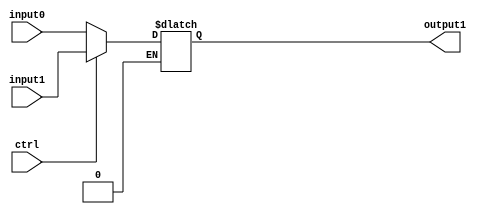
//////////////////////////////////////////////////////////////////////////////////
// Course: Cooper Union ECE151A Spring 2016
// Professor: Professor Marano
// Module Name: 
// Description: 
//////////////////////////////////////////////////////////////////////////////////

`timescale 1ns / 1ns

module mux2_1_ctrl1(output1, input0, input1, ctrl);

//-------------Input Ports-----------------------------
input wire ctrl;		
input wire input0;	//input at 0
input wire input1;	//unput at 1

//-------------Output Ports----------------------------

output reg output1; 	//8 bits of output

//------------------Instructions-----------------------
always @*
	begin
		if (ctrl == 0)
			output1 = input0;
		if (ctrl == 1)
			output1 = input1;
	end
endmodule